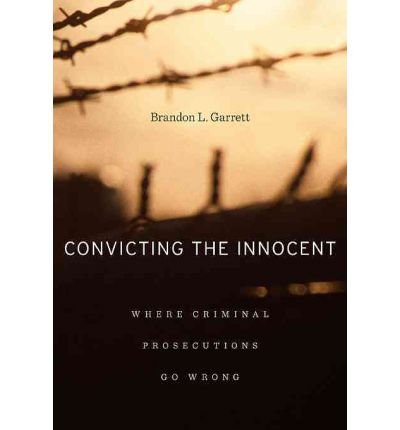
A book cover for [ Convicting the Innocent: Where Criminal Prosecutions Go Wrong [ CONVICTING THE INNOCENT: WHERE CRIMINAL PROSECUTIONS GO WRONG BY Garrett, Brandon L ( Author ) Apr-04-2011[ CONVICTING THE INNOCENT: WHERE CRIMINAL PROSECUTIONS GO WRONG [ CONVICTING THE INNOCENT: WHERE CRIMINAL PROSECUTIONS GO WRONG BY GARRETT, BRANDON L ( AUTHOR ) APR-04-2011 ] By Garrett, Brandon L ( Author )Apr-04-2011 Hardcover; Brandon L Garrett; Law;